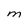
Character: M